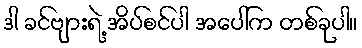
ဒါ ခင်ဗျားရဲ့ အိပ်စင်ပါ အပေါ်က တစ်ခုပါ။